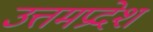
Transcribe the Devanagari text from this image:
उत्तमप्रदेश